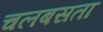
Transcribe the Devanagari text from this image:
चलबसता